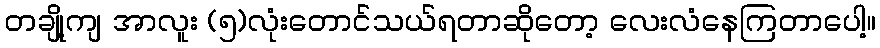
တချို့ကျ အာလူး (၅)လုံးတောင်သယ်ရတာဆိုတော့ လေးလံနေကြတာပေါ့။